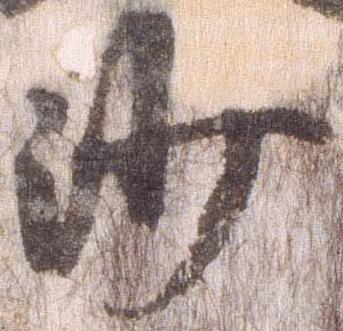
沙